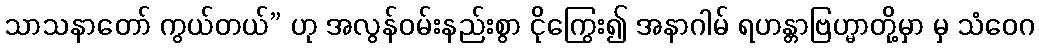
သာသနာတော် ကွယ်တယ်” ဟု အလွန်ဝမ်းနည်းစွာ ငိုကြွေး၍ အနာဂါမ် ရဟန္တာဗြဟ္မာတို့မှာ မှ သံဝေဂ